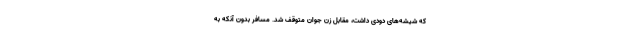
که شیشه‌های دودی داشت، مقابل زن جوان متوقف شد. مسافر بدون آنکه به